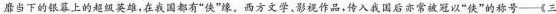
靡当下的银幕上的超级英雄，在我国都有”侠”缘。西方文学，影视作品，传入我国后亦常被冠以”侠”的称号—《三